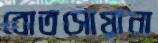
বোতসোয়ানা